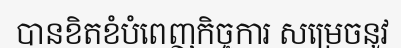
បានខិតខំបំពេញកិច្ចការ សម្រេចនូវ